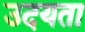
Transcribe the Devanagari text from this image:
उदयता